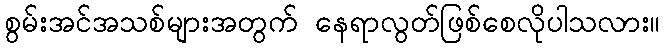
စွမ်းအင်အသစ်များအတွက် နေရာလွတ်ဖြစ်စေလိုပါသလား။